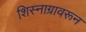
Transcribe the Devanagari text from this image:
शिस्नाग्रावरून